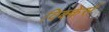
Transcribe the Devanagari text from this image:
विक्केर्स